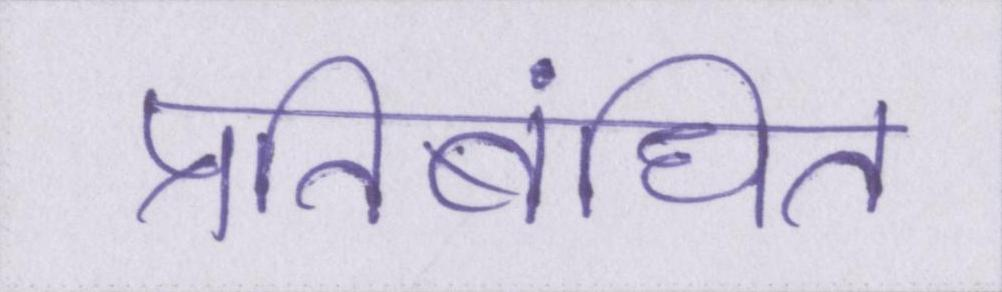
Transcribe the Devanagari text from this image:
प्रतिबंधित